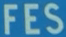
FES